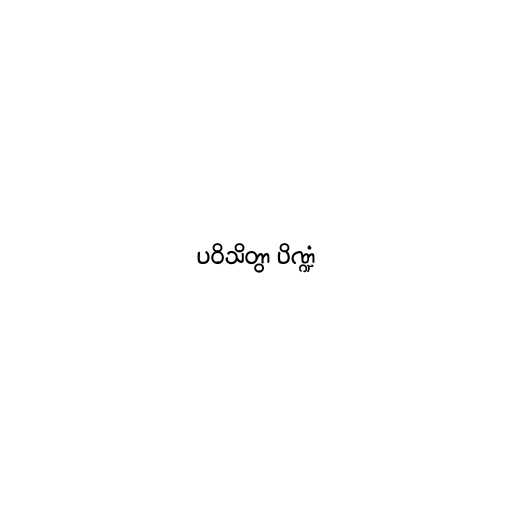
ပဝိသိတွာ ပိဏ္ဍံ